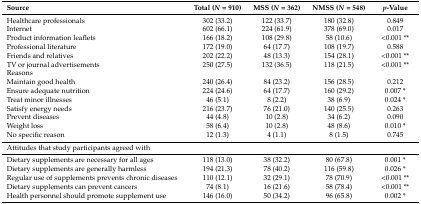
| Source | Total (N = 910) | MSS (N = 362) | NMSS (N = 548) | p-Value |
 | --- | --- | --- | --- | --- |
 | Healthcare professionals | 302 (33.2) | 122 (33.7) | 180 (32.8) | 0.849 |
 | Internet | 602 (66.1) | 224 (61.9) | 378 (69.0) | 0.017 |
 | Product information leaflets | 166 (18.2) | 108 (29.8) | 58 (10.6) | <0.001 ** |
 | Professional literature | 172 (19.0) | 64 (17.7) | 108 (19.7) | 0.588 |
 | Friends and relatives | 202 (22.2) | 48 (13.3) | 154 (28.1) | <0.001 ** |
 | TV or journal advertisements | 250 (27.5) | 132 (36.5) | 118 (21.5) | <0.001 ** |
 | Reasons |  |  |  |  |
 | Maintain good health | 240 (26.4) | 84 (23.2) | 156 (28.5) | 0.212 |
 | Ensure adequate nutrition | 224 (24.6) | 64 (17.7) | 160 (29.2) | 0.007 * |
 | Treat minor illnesses | 46 (5.1) | 8 (2.2) | 38 (6.9) | 0.024 * |
 | Satisfy energy needs | 216 (23.7) | 76 (21.0) | 140 (25.5) | 0.263 |
 | Prevent diseases | 44 (4.8) | 10 (2.8) | 34 (6.2) | 0.090 |
 | Weight loss | 58 (6.4) | 10 (2.8) | 48 (8.6) | 0.010 * |
 | No specific reason | 12 (1.3) | 4 (1.1) | 8 (1.5) | 0.745 |
 | <COLSPAN=5> Attitudes that study participants agreed with |
 | Dietary supplements are necessary for all ages | 118 (13.0) | 38 (32.2) | 80 (67.8) | 0.001 * |
 | Dietary supplements are generally harmless | 194 (21.3) | 78 (40.2) | 116 (59.8) | 0.026 * |
 | Regular use of supplements prevents chronic diseases | 110 (12.1) | 32 (29.1) | 78 (70.9) | <0.001 ** |
 | Dietary supplements can prevent cancers | 74 (8.1) | 16 (21.6) | 58 (78.4) | <0.001 ** |
 | Health personnel should promote supplement use | 146 (16.0) | 50 (34.2) | 96 (65.8) | 0.002 * |